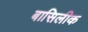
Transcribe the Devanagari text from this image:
बासिलीक